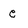
Character: c